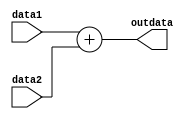
module adder(data1,data2,outdata);
input [31:0] data1,data2;
output reg [31:0] outdata;
/*
always @(*) begin 
#100 outdata <= data1+data2;
end 
*/
always begin 
outdata <= data1+data2;
end
endmodule